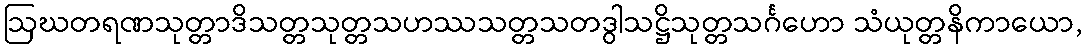
ဩဃတရဏသုတ္တာဒိသတ္တသုတ္တသဟဿသတ္တသတဒွါသဋ္ဌိသုတ္တသင်္ဂဟော သံယုတ္တနိကာယော,